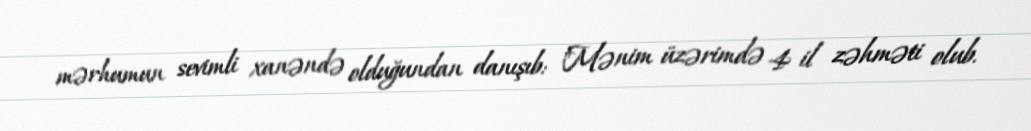
mərhumun sevimli xanəndə olduğundan danışıb: "Mənim üzərimdə 4 il zəhməti olub.